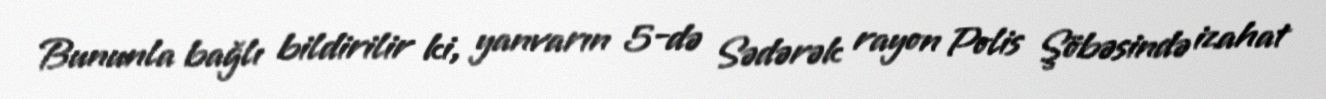
Bununla bağlı bildirilir ki, yanvarın 5-də Sədərək rayon Polis Şöbəsində izahat